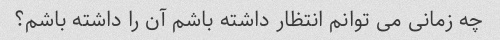
چه زمانی می توانم انتظار داشته باشم آن را داشته باشم؟